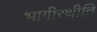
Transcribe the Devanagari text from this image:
भागीरथीति